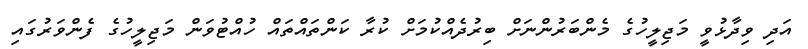
އަދި ވިދާޅުވީ މަޖިލީހުގެ މެންބަރުންނަށް ބިރުދެއްކުމަށް ކުރާ ކަންތައްތައް ހުއްޓުވަން މަޖިލީހުގެ ފެންވަރުގައި